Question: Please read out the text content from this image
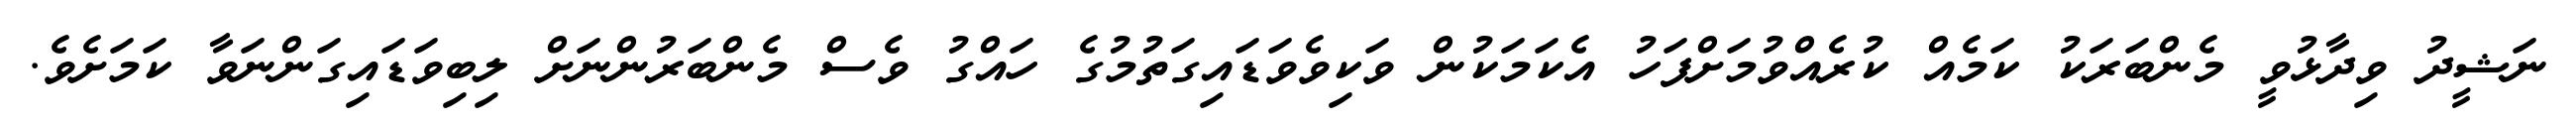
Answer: ނަޝީދު ވިދާޅުވީ މެންބަރަކު ކަމެއް ކުރެއްވުމަށްފަހު އެކަމަކުން ވަކިވެވަޑައިގަތުމުގެ ހައްގު ވެސް މެންބަރުންނަށް ލިބިވަޑައިގަންނަވާ ކަމަށެވެ.